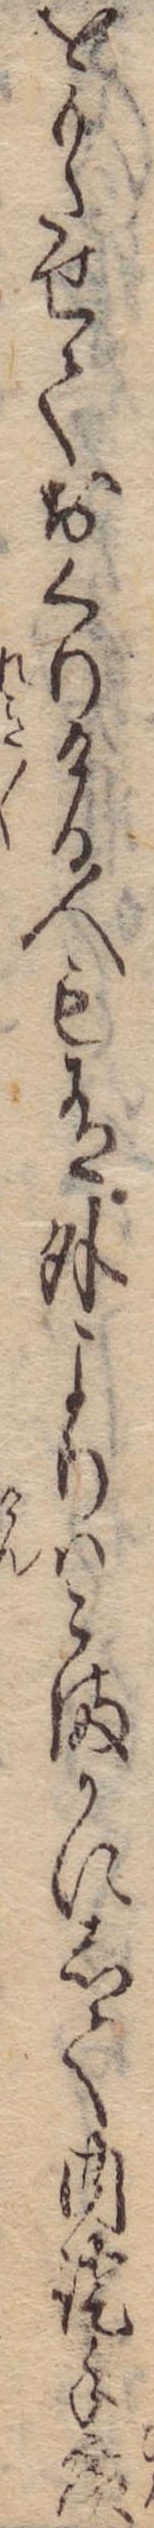
をもたせておくりける人も有外よりはこまかにして内証手広